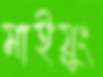
মাইয়ুং